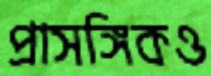
প্রাসঙ্গিকও